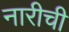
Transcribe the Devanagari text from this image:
नारीची